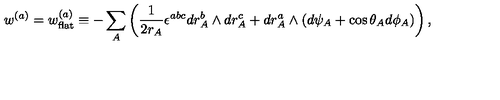
w ^ { ( a ) } = w _ { \mathrm { f l a t } } ^ { ( a ) } \equiv - \sum _ { A } \left( \frac { 1 } { 2 r _ { A } } \epsilon ^ { a b c } d r _ { A } ^ { b } \wedge d r _ { A } ^ { c } + d r _ { A } ^ { a } \wedge ( d \psi _ { A } + \cos \theta _ { A } d \phi _ { A } ) \right) ,